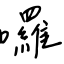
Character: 囉